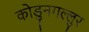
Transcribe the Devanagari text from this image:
कोडुनगल्लुर